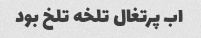
اب پرتغال تلخه تلخ بود